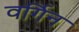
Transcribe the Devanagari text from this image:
वर्गिन